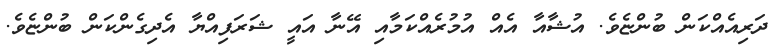
ދަރިއެއްކަން ބުންޏެވެ. އުޝާއާ އެއް އުމުރެއްކަމާއި އޭނާ އައީ ޝަރަފިއްޔާ އެދިގެންކަން ބުންޏެވެ.